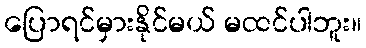
ပြောရင်မှားနိုင်မယ် မထင်ပါဘူး။